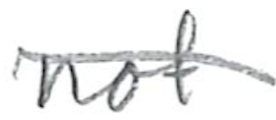
Text: not
Cross-out: diagonal
Writing tool: pencil